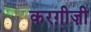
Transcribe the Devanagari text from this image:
करग़ीज़ी